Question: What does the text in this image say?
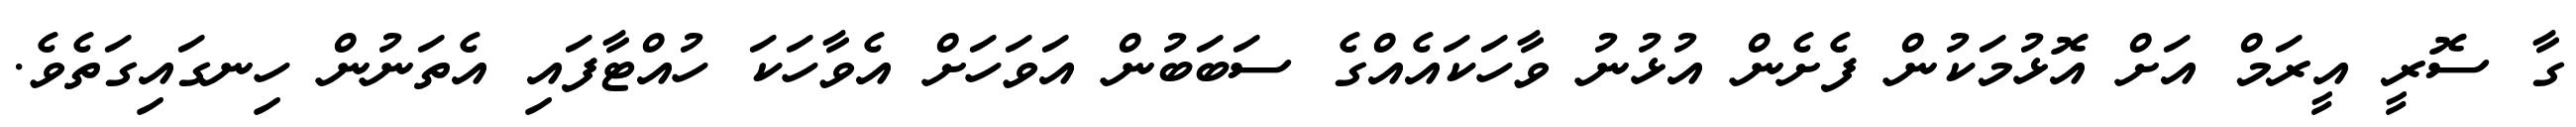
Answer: ގާ ސޮރީ އީރަމް އަށް އޮޅުމަކުން ފެށެން އުޅުނު ވާހަކައެއްގެ ސަބަބުން އަވަހަށް އެވާހަކަ ހުއްޓާފައި އެތަނުން ހިނގައިގަތެވެ.